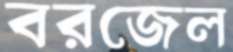
বরজেল